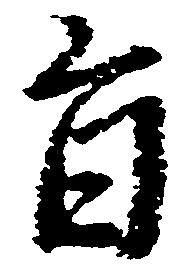
旨